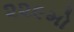
૨૨૯મો